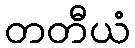
တတီယံ